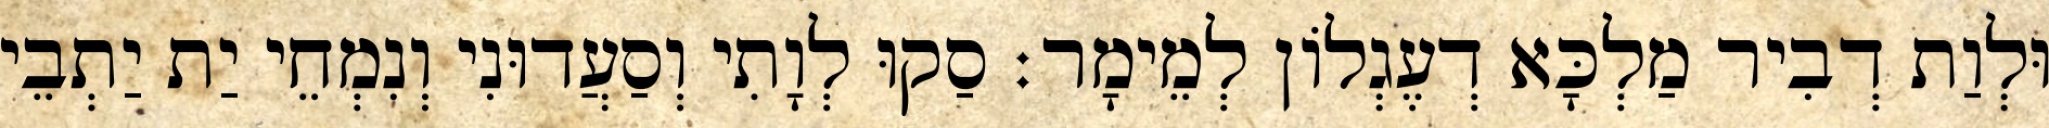
וּלְוַת דְבִיר מַלְכָּא דְעֶגְלוֹן לְמֵימָר׃ סַקוּ לְוָתִי וְסַעֲדוּנִי וְנִמְחֵי יַת יַתְבֵי